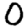
Digit: 0